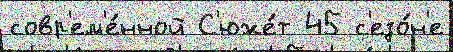
совр'ем'е́нной С'юже́т 45 с'езо́н'е